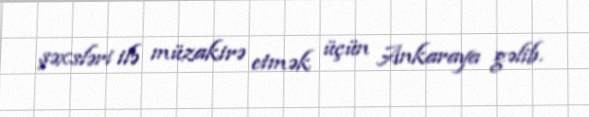
şəxsləri ilə müzakirə etmək üçün Ankaraya gəlib.